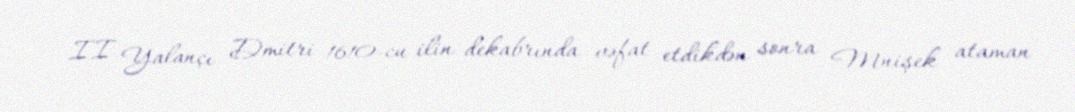
II Yalançı Dmitri 1610-cu ilin dekabrında vəfat etdikdən sonra Mnişek ataman